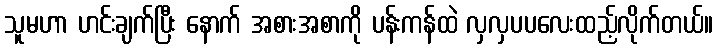
သူမဟာ ဟင်းချက်ပြီး နောက် အစားအစာကို ပန်းကန်ထဲ လှလှပပလေးထည့်လိုက်တယ်။